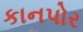
કાનપોર